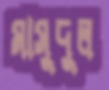
মাসুদুল